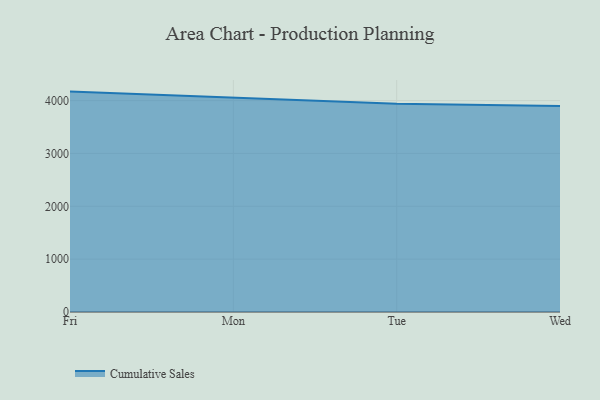
{"axis": {"x": "Day", "y": "Shipments"}, "legend": ["Cumulative Sales"], "data": [{"x": "Fri", "y": 4170.5, "type": "Cumulative Sales"}, {"x": "Mon", "y": 4050.8, "type": "Cumulative Sales"}, {"x": "Tue", "y": 3940.5, "type": "Cumulative Sales"}, {"x": "Wed", "y": 3897.3, "type": "Cumulative Sales"}]}